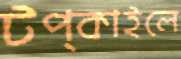
টপ্‌কাইলে